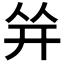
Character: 𰏤